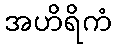
အဟိရိကံ